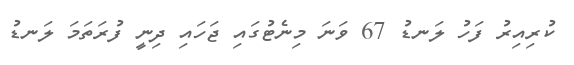
ކުރިއިރު ފަހު ލަނޑު 67 ވަނަ މިނެޓުގައި ޖަހައި ދިނީ ފުރަތަމަ ލަނޑު